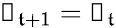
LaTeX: \boldsymbol\uprho_{\mathfrak{t}+1}=\boldsymbol\uprho_{\mathfrak{t}}